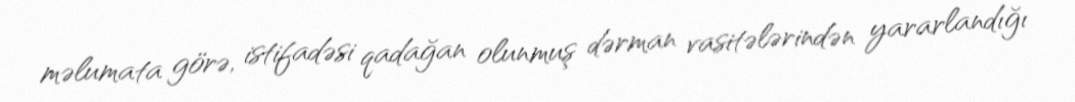
məlumata görə, istifadəsi qadağan olunmuş dərman vasitələrindən yararlandığı